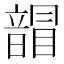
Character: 𩐲